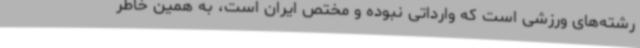
رشته‌های ورزشی است که وارداتی نبوده و مختص ایران است، به همین خاطر